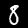
Digit: 8